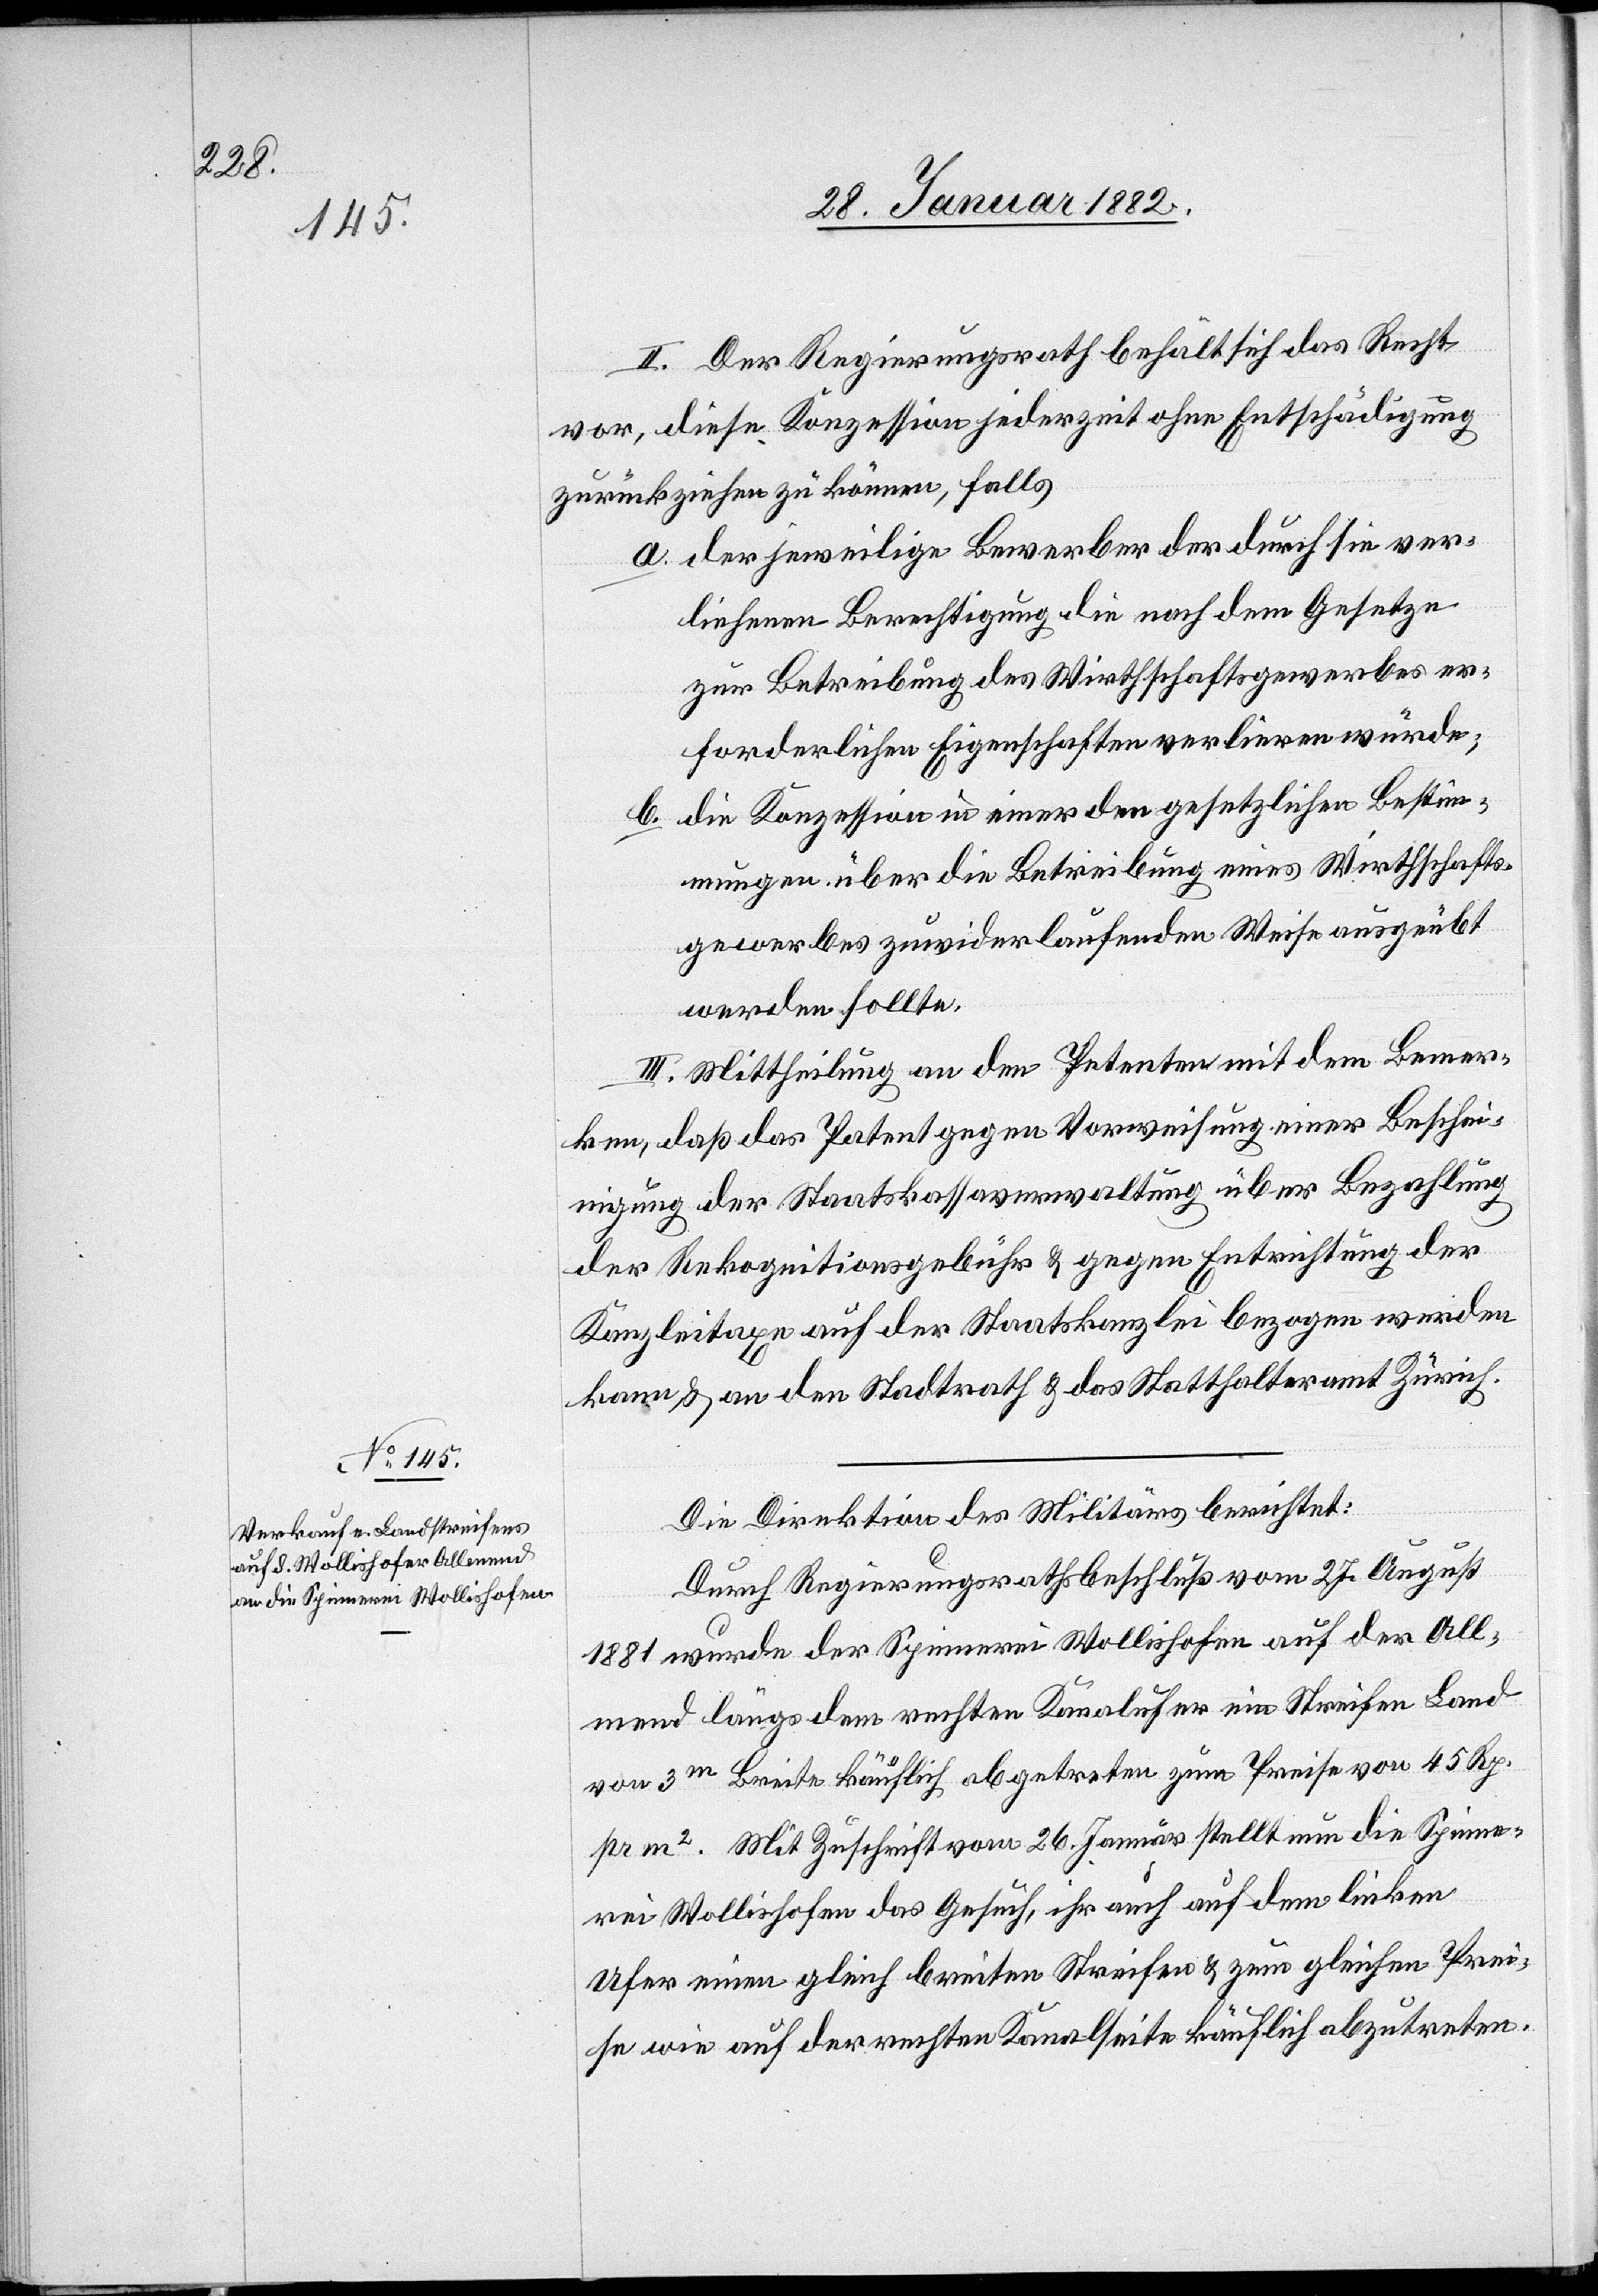
II. Der Regierungsrath behält sich das Recht
vor, diese Konzession jederzeit ohne Entschädigung
zurückziehen zu können, falls
a. der jeweilige Bewerber der durch sie ver¬
liehenen Berechtigung die nach dem Gesetze
zur Betreibung des Wirtschaftsgewerbes er¬
forderlichen Eigenschaften verlieren würde;
b. die Konzession in einer den gesetzlichen Bestim¬
mungen über die Betreibung eines Wirthschafts¬
gewerbes zuwider laufenden Weise ausgeübt
werden sollte.
III. Mittheilung an den Petenten mit dem Bemer¬
ken, daß der Petent gegen Vorweisung einer Besche¬
inigung der Staatskassaverwaltung über Bezahlung
der Rekognitiosgebühr & gegen Entrichtung der
Kanzleitaxe auf der Staatskanzlei bezogen werden
kann & an den Stadtrath & das Statthalteramt Zürich.
Die Direktion des Militärs berichtet:
Durch Regierungsrathsbeschluß vom 27. August
1881 wurde der Spinnerei Wollishofen auf der All¬
mend längs dem rechten Kanalufers ein Streifen Land
von 3m Breite künstlich abgetreten zum Preise von 45 Rp.
pr m2. Mit Zuschrift vom 26. Januar stellt nun die Spinne¬
rei Wollishofen das Gesuch, ihr auch auf dem linken
Ufer einen gleich breiten Streifen & zum gleichen Prei¬
se wie auf der rechten Kanalseite käuflich abzutreten.